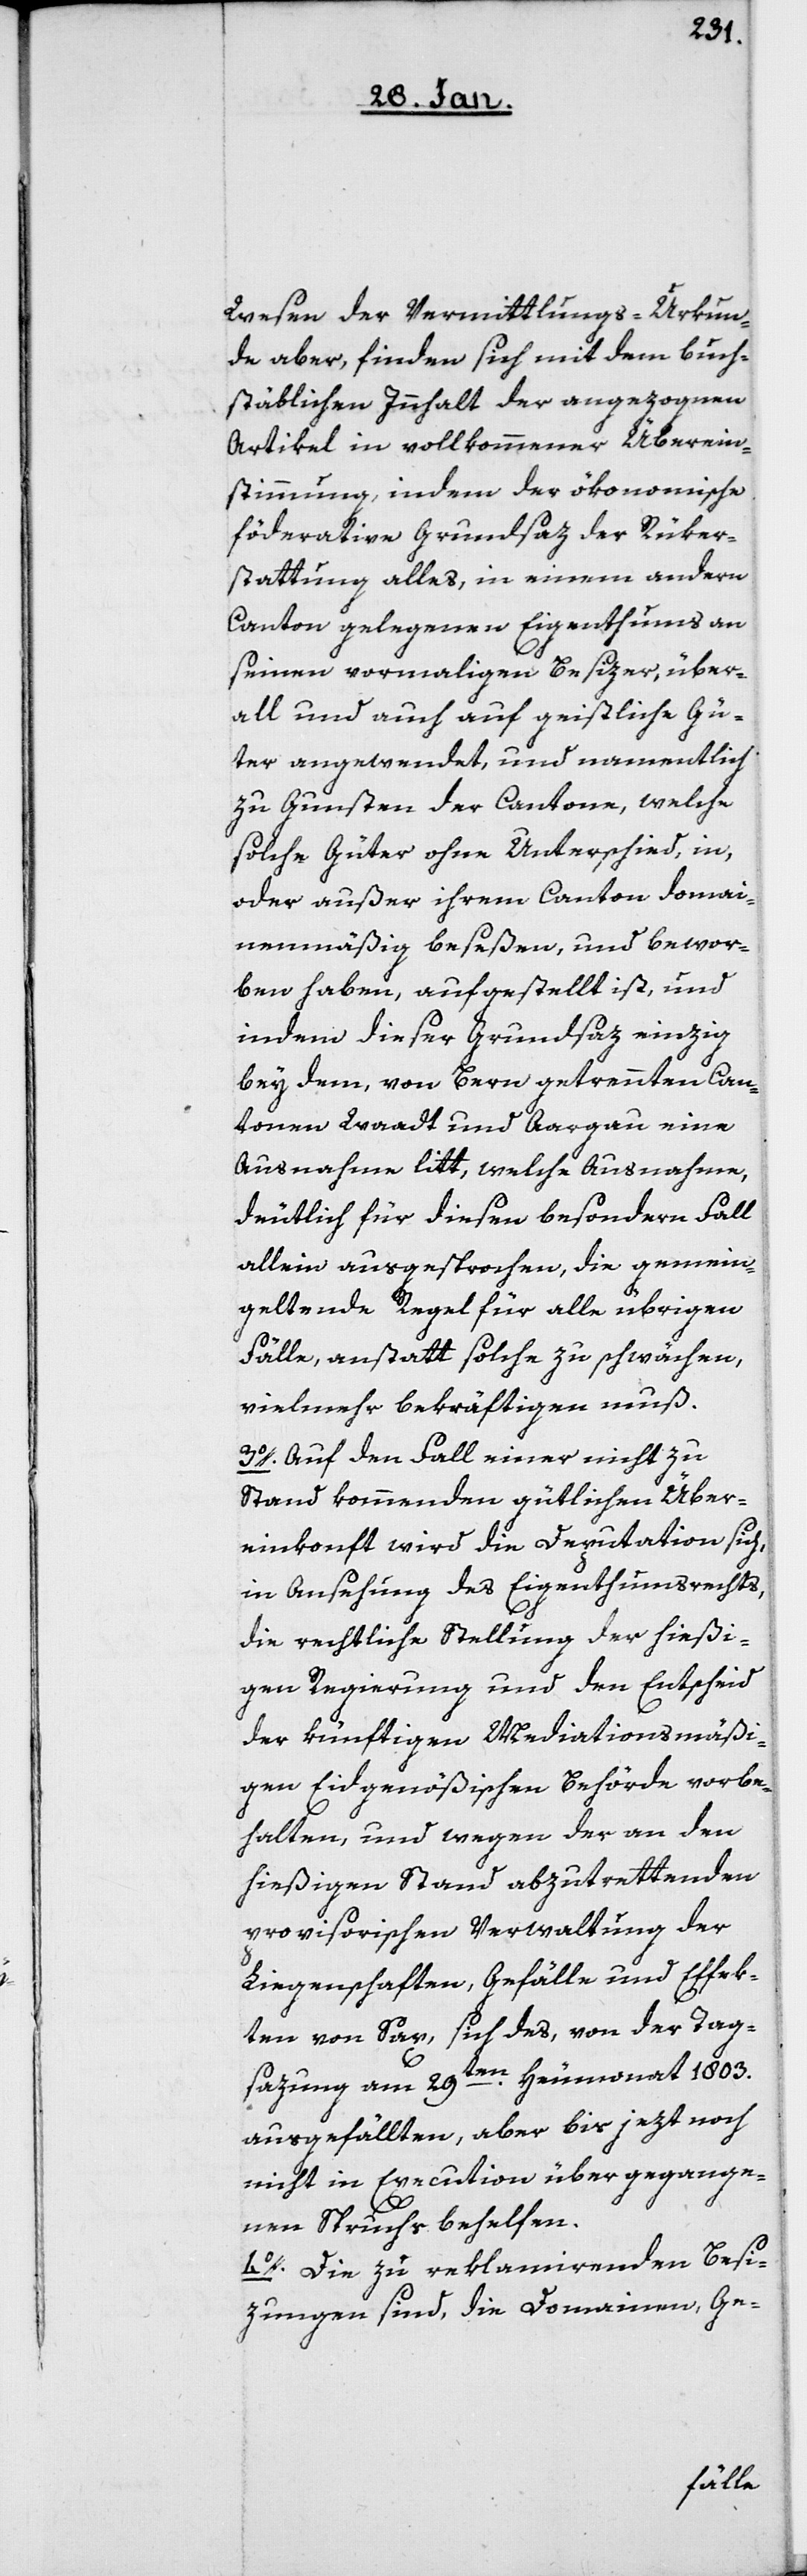
Wesen der Vermittlungs-Urkun¬
de aber, finden sich mit dem buch¬
stäblichen Innhalt der angezognen
Artikel in vollkommener Überein¬
stimmung, indem der ökonomische
föderative Grundsaz der Rüker¬
stattung alles, in einem andern
Canton gelegenen Eigenthums an
seinen vormaligen Besizer, über¬
all und auch auf geistliche Gü¬
ter angewendet, und namentlich
zu Gunsten der Cantone, welche
solche Güter ohne Unterschied, in,
oder außer ihrem Canton domai¬
nenmäßig beseßen, und bewor¬
ben haben, aufgestellt ist, und
indem dieser Grundsaz einzig
bey dem, von Bern getrennten Can¬
tonen Waadt und Aargau eine
Ausnahme litt, welche Ausnahme,
deutlich für diesen besondern Fall
allein ausgesprochen, die gemein¬
geltende Regel für alle übrigen
Fälle, anstatt solche zu schwächen,
vielmehr bekräftigen muß.
3o. Auf den Fall einer nicht zu
Stand kommenden gütlichen Über¬
einkonft wird die Deputation sich,
in Ansehung des Eigenthumsrechts,
die rechtliche Stellung der hießi¬
gen Regierung und den Entscheid
der künftigen Mediationsmäßi¬
gen Eidgenößischen Behörde vorbe¬
halten, und wegen der an den
hießigen Stand abzutrettenden
provisorischen Verwaltung der
Liegenschaften, Gefälle und Effek¬
ten von Sax, sich das, von der Tag¬
sazung am 29ten. Heumonat 1803.
ausgefällten, aber bis jezt noch
nicht in Execution übergegange¬
nen Spruchs behelfen.
4o. Die zu reklamirenden Besi¬
zungen sind, die Domainen, Ge-